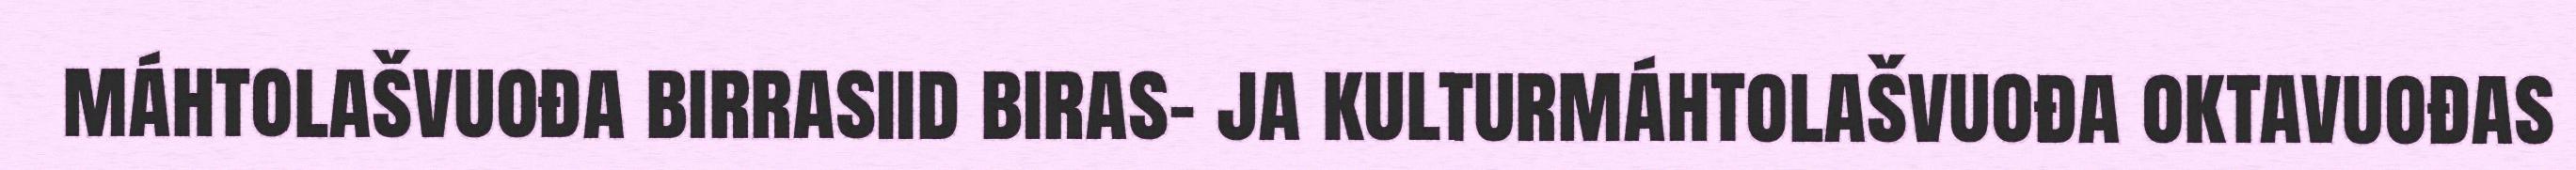
máhtolašvuođa birrasiid biras- ja kulturmáhtolašvuođa oktavuođas